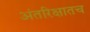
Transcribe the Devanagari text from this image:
अंतरिक्षातच